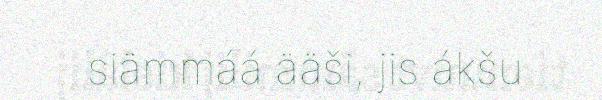
siämmáá ääši, jis ákšu